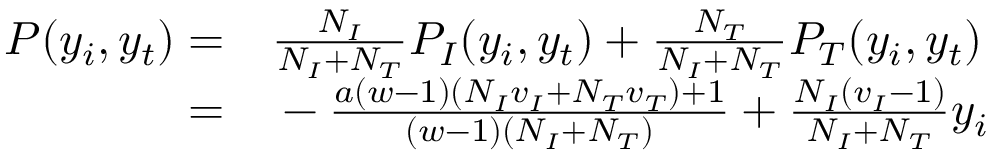
\begin{array} { r l } { P ( y _ { i } , y _ { t } ) = } & { { } \frac { N _ { I } } { N _ { I } + N _ { T } } P _ { I } ( y _ { i } , y _ { t } ) + \frac { N _ { T } } { N _ { I } + N _ { T } } P _ { T } ( y _ { i } , y _ { t } ) } \\ { = } & { { } - \frac { a ( w - 1 ) ( N _ { I } v _ { I } + N _ { T } v _ { T } ) + 1 } { ( w - 1 ) ( N _ { I } + N _ { T } ) } + \frac { N _ { I } ( v _ { I } - 1 ) } { N _ { I } + N _ { T } } y _ { i } } \end{array}